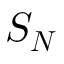
\boldsymbol { S _ { N } }